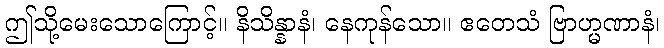
ဤသို့မေးသောကြောင့်။ နိသိန္နာနံ၊ နေကုန်သော။ ဧတေသံ ဗြာဟ္မဏာနံ၊